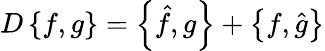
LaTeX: D\left\{ f,g\right\} =\left\{ {\hat{f}},g\right\} +\left\{ f,{\hat{g}}\right\}